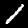
Label: 1